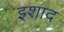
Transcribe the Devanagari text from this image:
इशाद